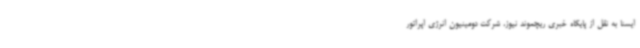
ایسنا به نقل از پایگاه خبری ریچموند نیوز، شرکت دومینیون انرژی اپراتور